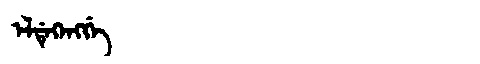
Manchu: ᡝᠯᡩᡝᡴᡝᠩᡤᡝ
Romanization: ELDEKENGGE